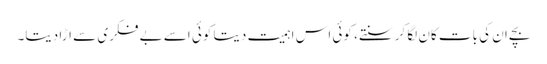
بچے ان کی بات کان لگا کر سنتے، کوئی اس اہمیت دیتا کوئی اسے بے فکری سے اڑا دیتا۔